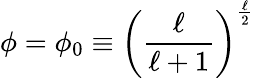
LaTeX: \phi=\phi_{0}\equiv\left(\frac{\ell}{\ell+1}\right)^{\frac{\ell}{2}}